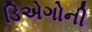
ડિએગોની